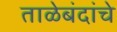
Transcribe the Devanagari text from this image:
ताळेबंदांचे